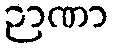
ဉာဏာ